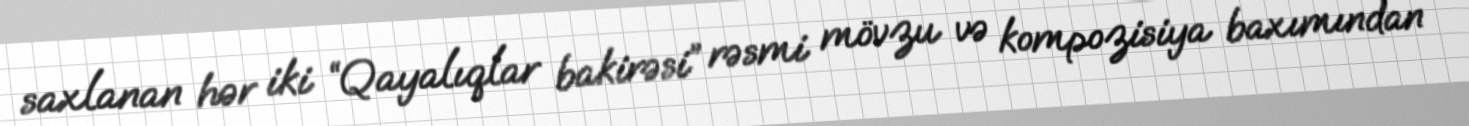
saxlanan hər iki “Qayalıqlar bakirəsi” rəsmi mövzu və kompozisiya baxımından